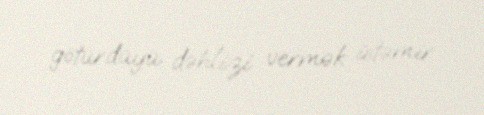
götürdüyü dəhlizi vermək istəmir.